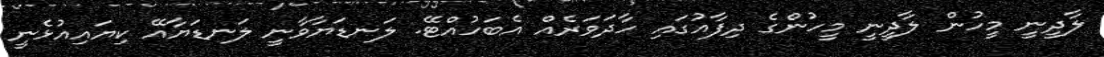
ލާދީނީ މީހުން ލާދީނީ މީހުންގެ ދިފާއުގައި ހާދަވަރެއް އެބަހުއްޓޭ. ލަނޑަޔާވާނީ ލަނޑަޔާއޭ ކިޔައިއުޅެނީ